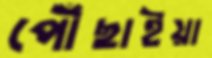
পৌঁছাইয়া